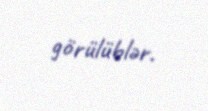
görülüblər.